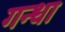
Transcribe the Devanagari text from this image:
गन्धा